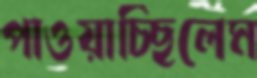
পাওয়াচ্ছিলেম